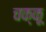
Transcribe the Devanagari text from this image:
चक्कू